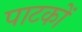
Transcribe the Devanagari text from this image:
पाटकों